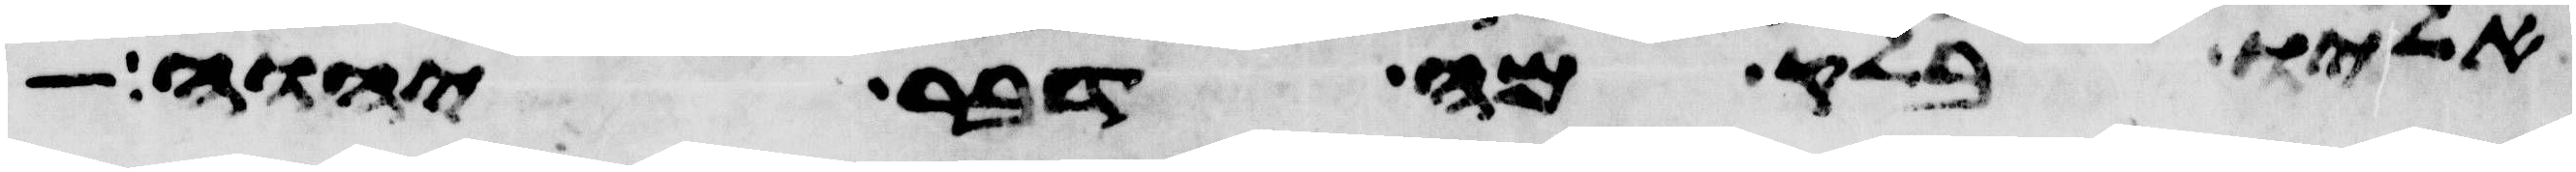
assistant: אליו בלק מה דבר יהוה